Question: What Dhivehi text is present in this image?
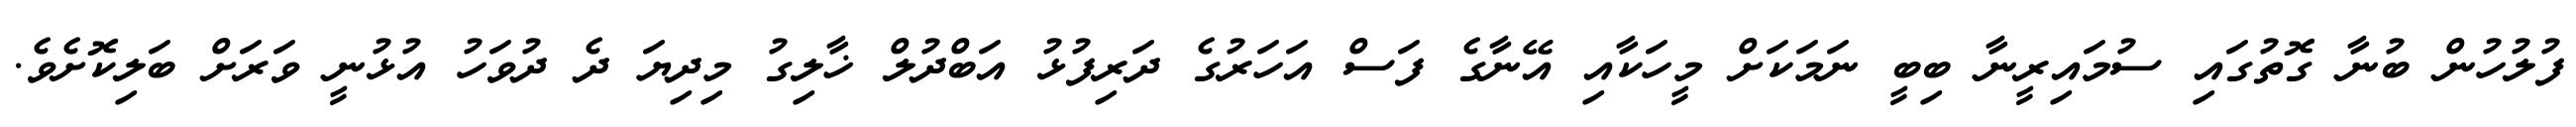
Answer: ފުލުހުން ބުނާ ގޮތުގައި ސުމައިރީނާ ބިބީ ނަމަކަށް މީހަކާއި އޭނާގެ ފަސް އަހަރުގެ ދަރިފުޅު އަބްދުލް ޚާލިގު މިދިޔަ ދެ ދުވަހު އުޅުނީ ވަރަށް ބަލިކޮށެވެ.